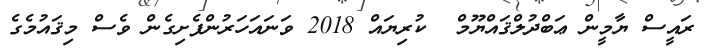
ރައީސް ޔާމީން ޢަބްދުލްޤައްޔޫމް  ކުރިޔައް 2018 ވަނައަހަރުންފެށިގެން ވެސް މިޤައުމެގެ